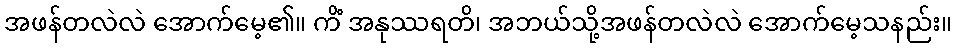
အဖန်တလဲလဲ အောက်မေ့၏။ ကိံ အနုဿရတိ၊ အဘယ်သို့အဖန်တလဲလဲ အောက်မေ့သနည်း။